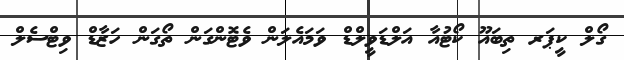
ގޯލް ކީޕަރ ތިބައޫ ކޯޓުއާ އަލްޑަވީލްޑް ވަމައެލަން ވެޓޮންގަން ތޯގަން ހަޒާޑް ވިޓްސެލް